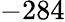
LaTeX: -284